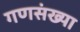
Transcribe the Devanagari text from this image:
गणसंख्या